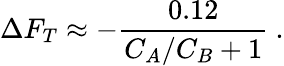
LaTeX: \Delta F_{T}\approx-{\frac{0.12}{C_{A}/C_{B}+1}}\ .